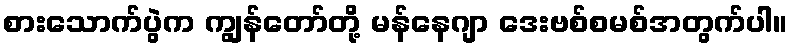
စားသောက်ပွဲက ကျွန်တော်တို့ မန်နေဂျာ ဒေးဗစ်စမစ်အတွက်ပါ။